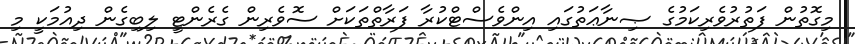
މިގޮތުން ފަތުރުވެރިކަމުގެ ޞިނާޢަތުގައި އިންވެސްޓްކުރާ ފަރާތްތަކަށް ސޮވެރިން ގެރެންޓީ ލިބިގެން ދިއުމަކީ މި